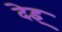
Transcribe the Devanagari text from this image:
देइ